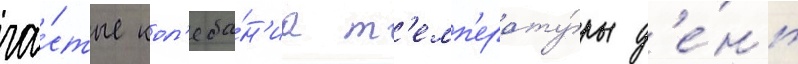
ча́стые кол'еба́н'иа т'емп'ерату́ры д'е́нь